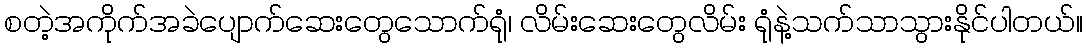
စတဲ့အကိုက်အခဲပျောက်ဆေးတွေသောက်ရုံ၊ လိမ်းဆေးတွေလိမ်း ရုံနဲ့သက်သာသွားနိုင်ပါတယ်။